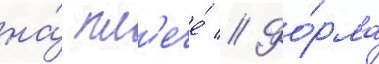
на́ пл'ече́ // Фо́рма